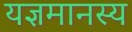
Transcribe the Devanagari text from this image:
यज्ञमानस्य